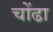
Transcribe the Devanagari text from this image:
चोंढा